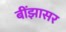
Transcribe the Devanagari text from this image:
बींझासर